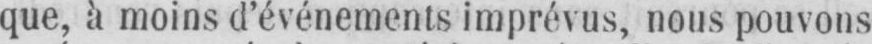
que, à moins d’événements imprévus, nous pouvons